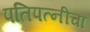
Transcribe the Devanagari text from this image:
पतिपत्‍नींचा